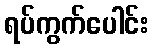
ရပ်ကွက်ပေါင်း